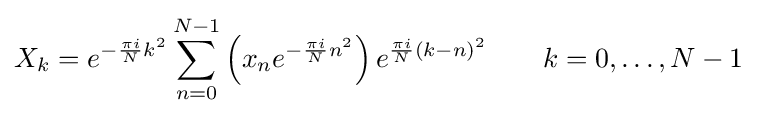
X_{k}=e^{-{\frac {\pi i}{N}}k^{2}}\sum _{n=0}^{N-1}\left(x_{n}e^{-{\frac {\pi i}{N}}n^{2}}\right)e^{{\frac {\pi i}{N}}(k-n)^{2}}\qquad k=0,\dots ,N-1